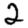
Digit: 2